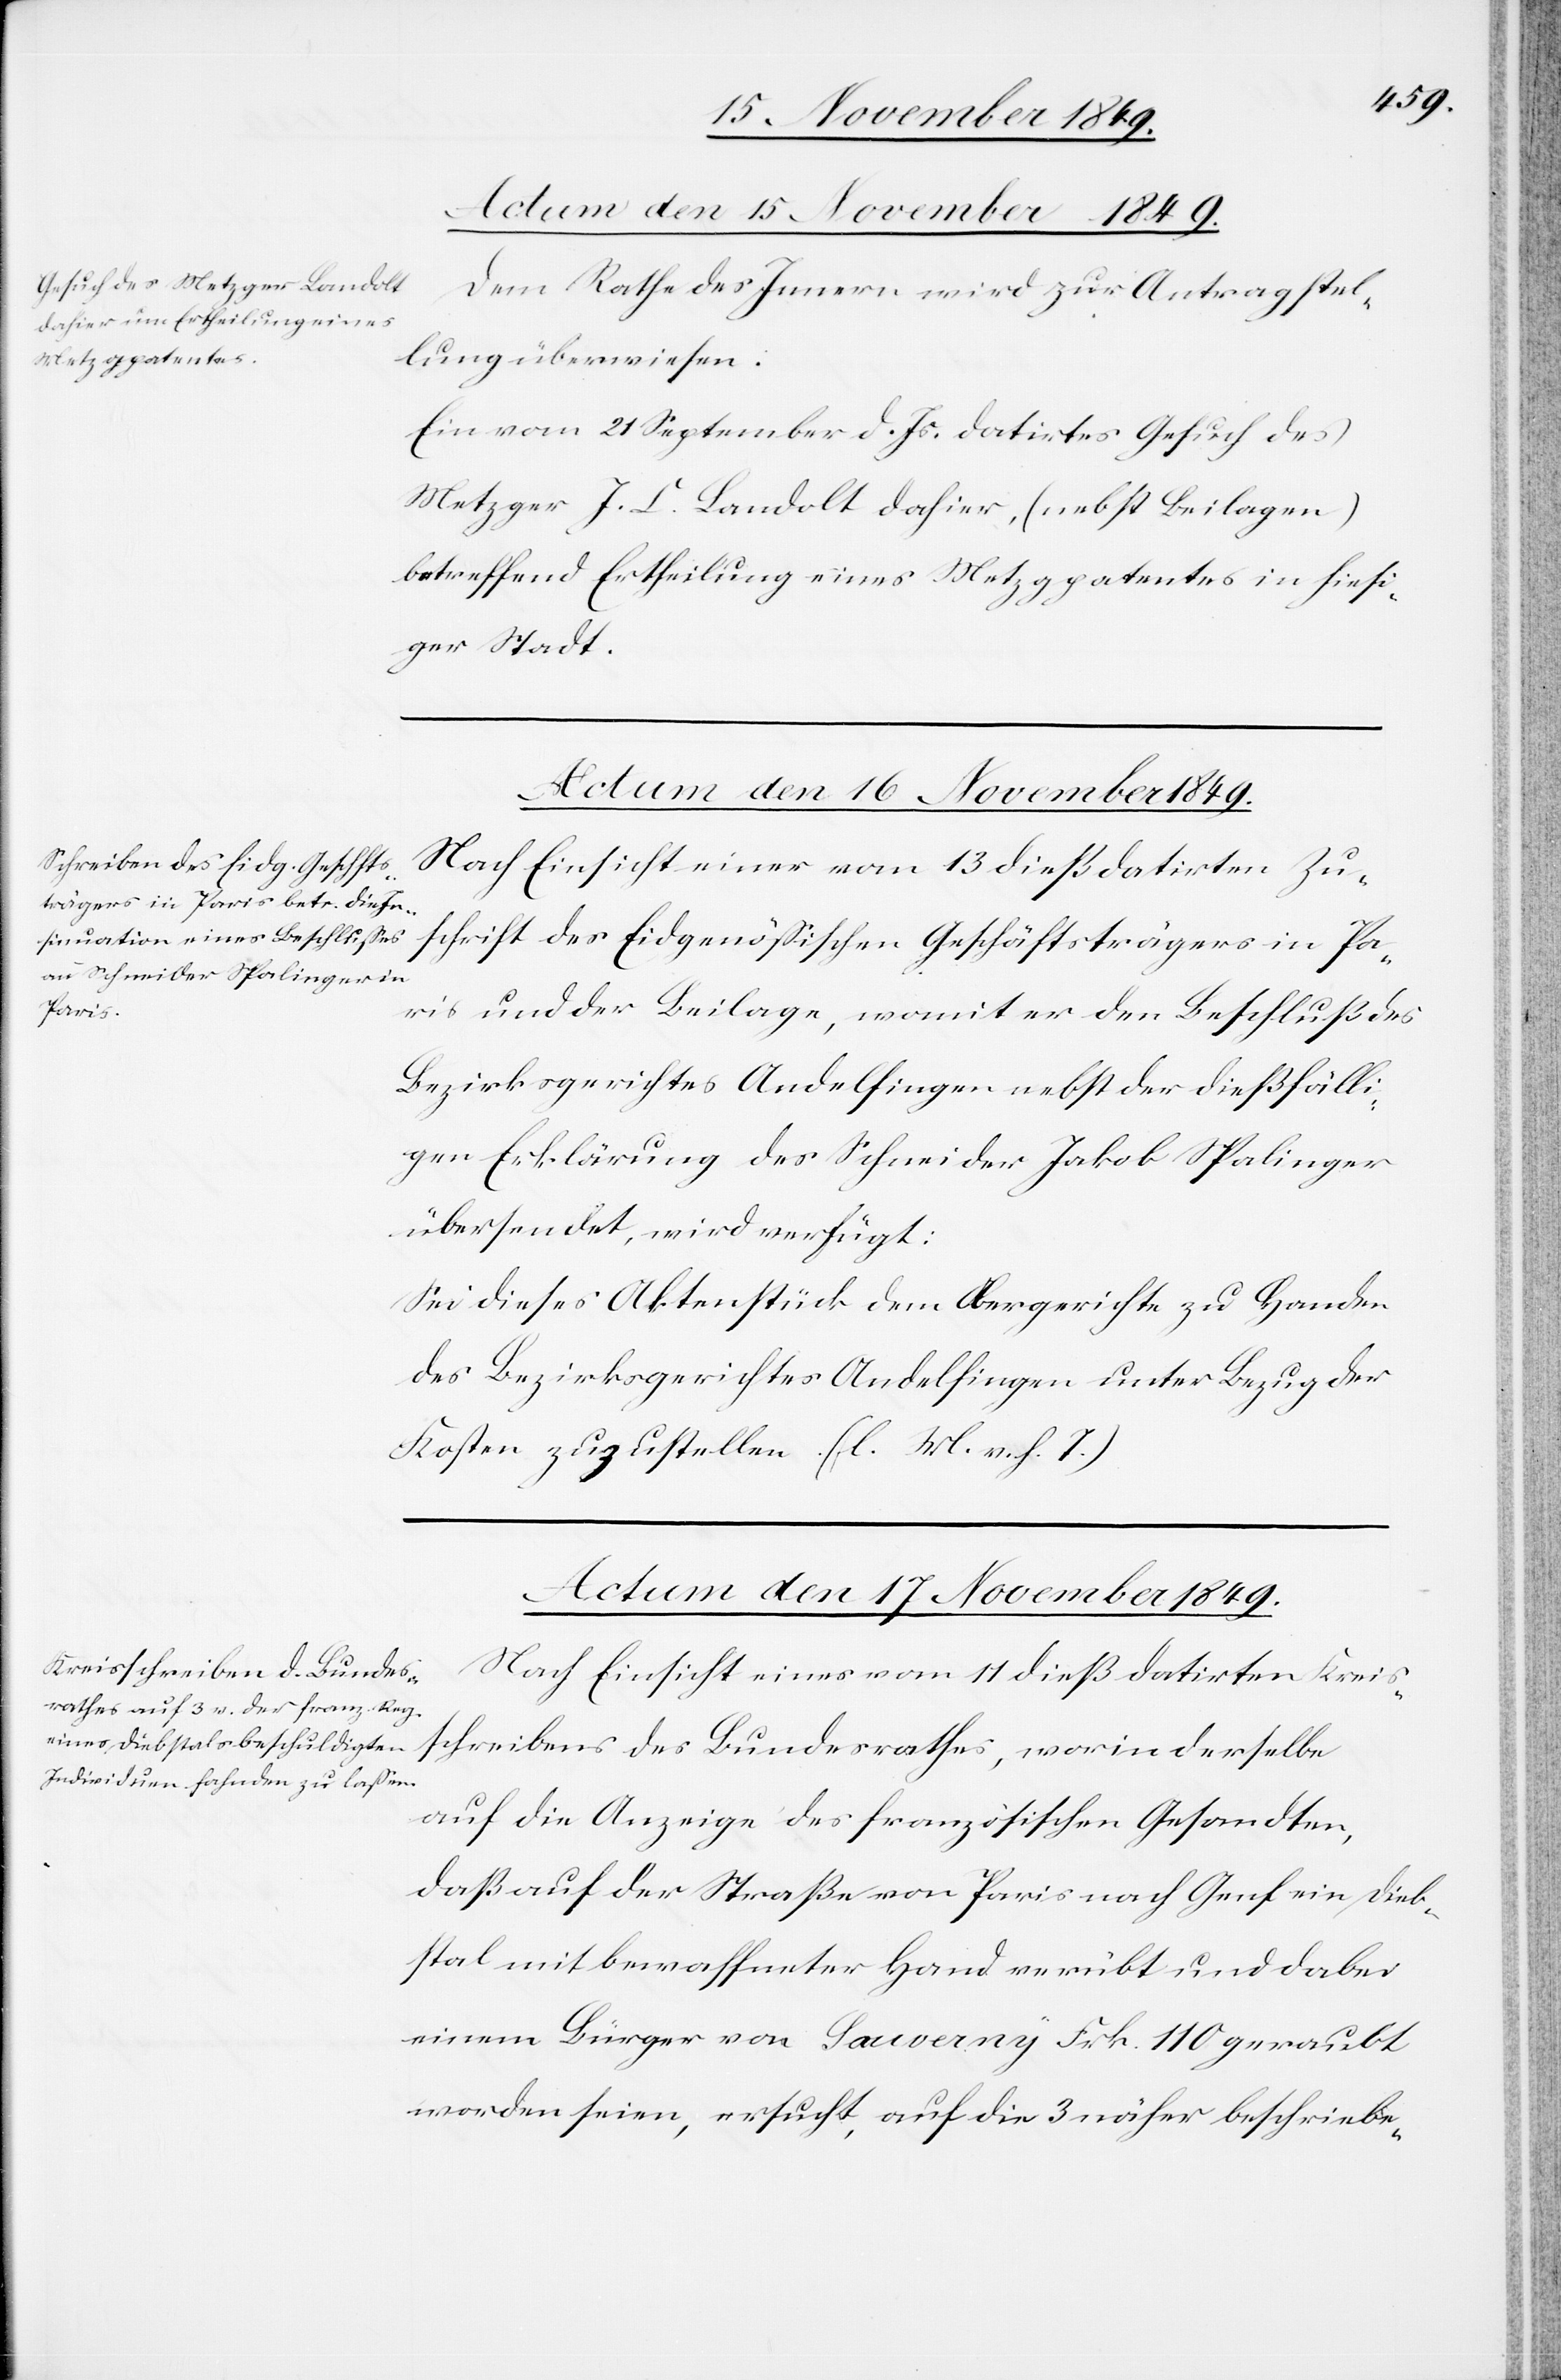
Dem Rathe des Innern wird zur Antragstel¬
lung überwiesen:
Ein vom 21 September d. Js. datirtes Gesuch des
Metzger J. C. Landolt dahier, (nebst Beilagen)
betreffend Ertheilung eines Metzgpatentes in hiesi¬
ger Stadt.
Nach Einsicht einer vom 13 dieß datirten Zu¬
schrift des Eidgenößischen Geschäftsträgers in Pa¬
ris und der Beilage, womit er den Beschluß des
Bezirksgerichtes Andelfingen nebst der dießfälli¬
gen Erklärung des Schneider Jakob Spalinger
übersendet, wird verfügt:
Sei dieses Aktenstück dem Obergerichte zu Handen
des Bezirksgerichtes Andelfingen unter Bezug der
Kosten zuzustellen. [l. M. v. h. T]
Actum den 17 November 1849.
Nach Einsicht eines vom 11 dieß datirten Kreis¬
schreibens des Bundesrathes, worin derselbe
auf die Anzeige des französischen Gesandten,
daß auf der Straße von Paris nach Genf ein Dieb¬
stal mit bewaffneter Hand verübt und dabei
einem Bürger von Sauverny Frk. 110 geraubt
worden seien, ersucht, auf die 3 näher beschriebe-